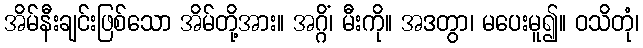
အိမ်နီးချင်းဖြစ်သော အိမ်တို့အား။ အဂ္ဂိံ၊ မီးကို။ အဒတွာ၊ မပေးမူ၍။ ဝသိတုံ၊